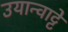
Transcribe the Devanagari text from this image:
उयान्वाट्टे